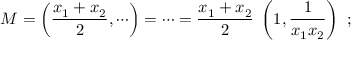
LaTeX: M = \left( { \frac { x _ { 1 } + x _ { 2 } } { 2 } } , \cdots \right) = \cdots = { \frac { x _ { 1 } + x _ { 2 } } { 2 } } \; \left( 1 , { \frac { 1 } { x _ { 1 } x _ { 2 } } } \right) \ ;